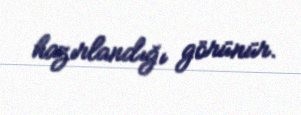
hazırlandığı görünür.